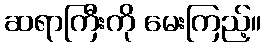
ဆရာကြီးကို မေးကြည့်။